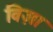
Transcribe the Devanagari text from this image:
विज़ा